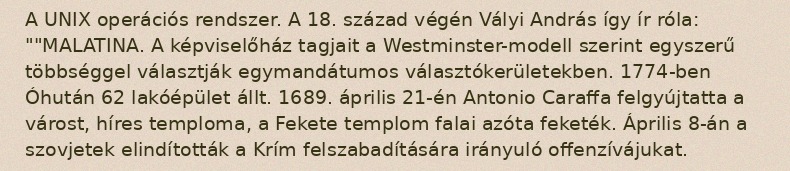
A UNIX operációs rendszer. A 18. század végén Vályi András így ír róla: ""MALATINA. A képviselőház tagjait a Westminster-modell szerint egyszerű többséggel választják egymandátumos választókerületekben. 1774-ben Óhután 62 lakóépület állt. 1689. április 21-én Antonio Caraffa felgyújtatta a várost, híres temploma, a Fekete templom falai azóta feketék. Április 8-án a szovjetek elindították a Krím felszabadítására irányuló offenzívájukat.